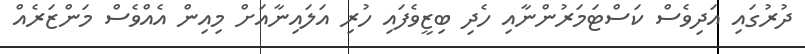
ދުރުގައި އަދިވެސް ކަސްޓަމަރުންނާއި ހެދި ބިޒީވެފައި ހުރި އަލައިނާއަށް މިއިން އެއްވެސް މަންޒަރެއް